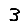
Digit: 3